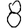
Digit: 8